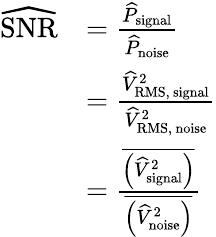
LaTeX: \begin{array}{rl}{\widehat{\mathrm{SNR}}}&{=\frac{\widehat{P}_{\mathrm{signal}}}{\widehat{P}_{\mathrm{noise}}}}\\ &{=\frac{\widehat{V}_{\mathrm{RMS,~signal}}^{2}}{\widehat{V}_{\mathrm{RMS,~noise}}^{2}}}\\ &{=\frac{\overline{{\left(\widehat{V}_{\mathrm{signal}}^{2}\right)}}}{\overline{{\left(\widehat{V}_{\mathrm{noise}}^{2}\right)}}}}\end{array}